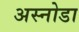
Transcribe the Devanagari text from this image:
अस्नोडा